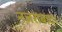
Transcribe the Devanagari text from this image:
नज़राबाद।